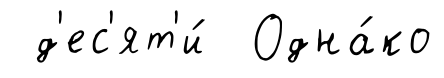
д'ес'ят'и́ Одна́ко